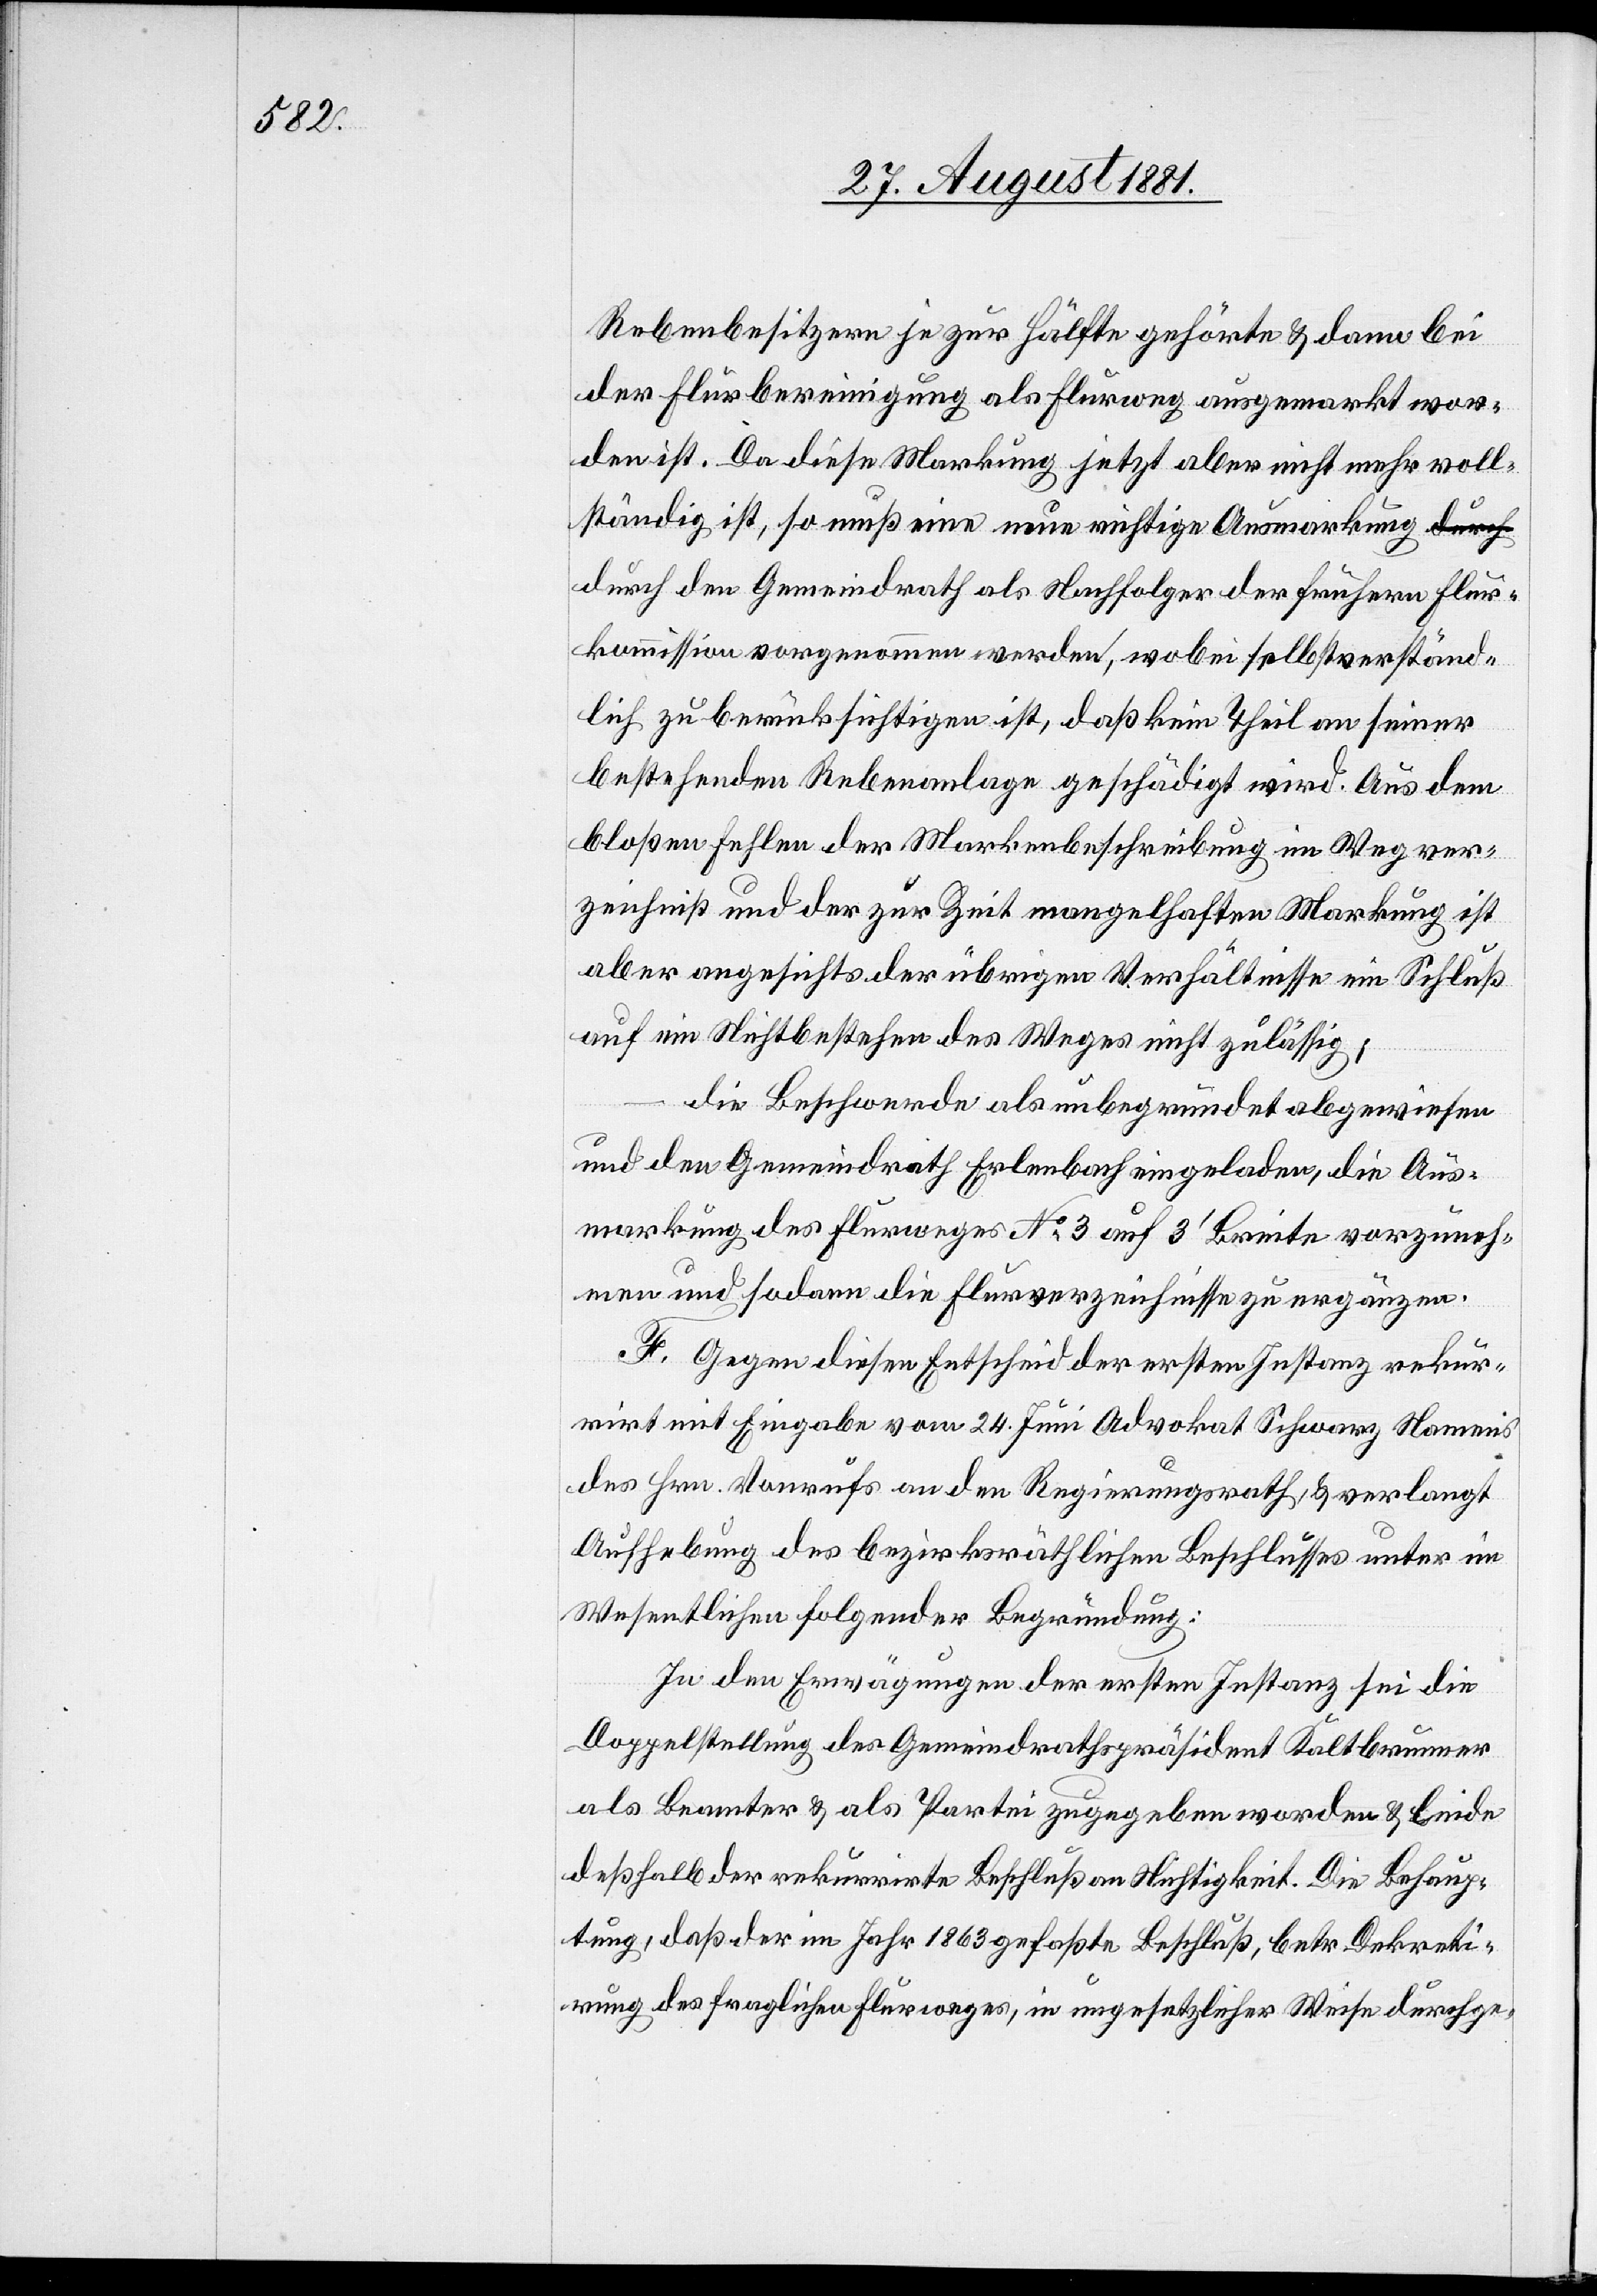
Rebenbesitzern je zur Hälfte gehörte & dann bei
der Flurbereinigung als Flurweg ausgemarkt wor¬
den ist. Da diese Markung jetzt aber nicht mehr voll¬
ständig ist, so muß eine neue richtige Ausmarkung d¬
urch den Gemeindrath als Nachfolger der frühern Flur¬
kommission vorgenommen werden, wobei selbstverständ¬
lich zu berücksichtigen ist, daß kein Theil an seiner
bestehenden Rebenanlage geschädigt wird. Aus dem
bloßen Fehlen der Markenbeschreibung im Wegver¬
zeichniß und der zur Zeit mangelhaften Markung ist
aber angesichts der übrigen Verhältnisse ein Schluß
auf ein Nichtbestehen des Weges nicht zulässig;
die Beschwerde als unbegründet abgewiesen
und der Gemeindrath Erlenbach eingeladen, die Aus¬
markung des Flurweges No 3 auf 3‘ Breite vorzuneh¬
men und sodann die Flurverzeichnisse zu ergänzen.
F. Gegen diesen Entscheid der ersten Instanz rekur¬
rirt mit Eingabe vom 24. Juni Advokat Schwarz Namens
des Hrn. Vonrufs an den Regierungsrath & verlangt
Aufhebung des bezirksräthlichen Beschlusses unter im
Wesentlichen folgender Begründung:
In den Erwägungen der ersten Instanz sei die
Doppelstellung des Gemeindrathspräsident Kaltbrunner
als Beamter & als Partei zugegeben worden & leide
deßhalb der rekurrirte Beschluß an Nichtigkeit. Die Behaup¬
tung, daß der im Jahr 1863 gefaßte Beschluß, betr. Dekreti¬
rung des fraglichen Flurweges, in ungesetzlicher Weise durchge-